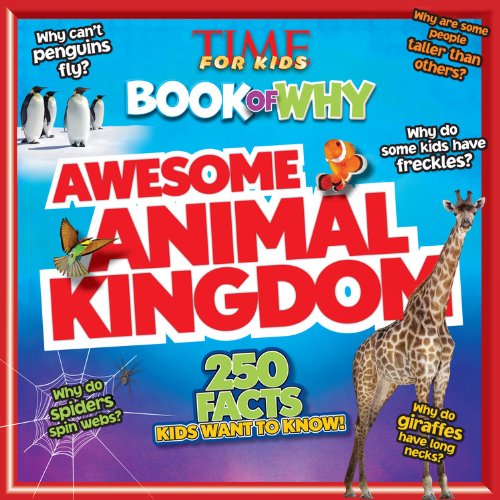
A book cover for TIME For Kids Book of Why: Awesome Animal Kingdom; Editors of TIME For Kids Magazine; Children's Books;